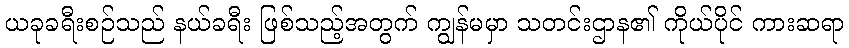
ယခုခရီးစဉ်သည် နယ်ခရီး ဖြစ်သည့်အတွက် ကျွန်မမှာ သတင်းဌာန၏ ကိုယ်ပိုင် ကားဆရာ